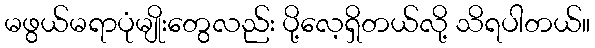
မဖွယ်မရာပုံမျိုးတွေလည်း ပို့လေ့ရှိတယ်လို့ သိရပါတယ်။